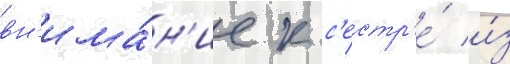
вн'има́н'ие к с'естр'е́ и́з